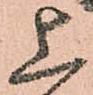
上